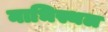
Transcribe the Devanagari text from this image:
नाभिस्थल